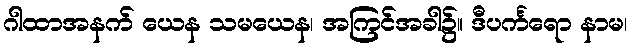
ဂါထာအနက် ယေန သမယေန၊ အကြင်အခါ၌။ ဒီပင်္ကရော နာမ၊